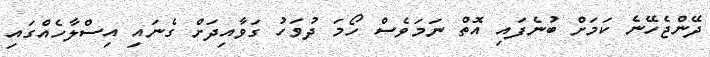
ދޭންޖެހޭނެ ކަމަށް ބުނެފައި އޮތް ނަމަވެސް ހޯމަ ދުވަހު ގަވާއިދަށް ގެނައި އިސްލާހެއްގައި